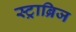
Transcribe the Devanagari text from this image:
स्ट्राब्रिज